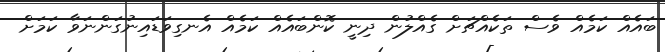
ބައެއް ކަމެއް ވެސް ތަކެއްޗަށް ގެއްލުން ދިނީ ކޮންބައެއް ކަމެއް އެނގިވަޑައިނުގަންނަވާ ކަމަށް